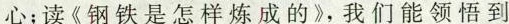
心；读《钢铁是怎样炼成的》，我们能领悟到